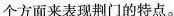
个方面来表现荆门的特点。